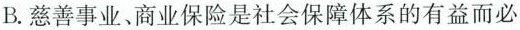
B.慈善事业、商业保险是社会保障体系的有益而必